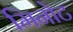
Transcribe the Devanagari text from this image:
मिनोट